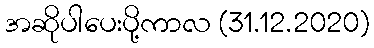
အဆိုပါပေးပို့ကာလ (31.12.2020)